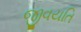
જીવયતિ